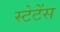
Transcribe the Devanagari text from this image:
स्टेटेंस